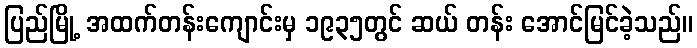
ပြည်မြို့ အထက်တန်းကျောင်းမှ ၁၉၃၅တွင် ဆယ် တန်း အောင်မြင်ခဲ့သည်။